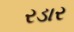
રડાર